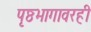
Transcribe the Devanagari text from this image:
पृष्ठभागावरही